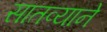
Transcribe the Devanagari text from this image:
सातव्याने